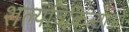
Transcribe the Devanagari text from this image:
शल्यचिकित्साओं